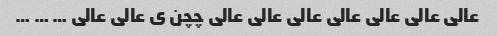
عالی عالی عالی عالی عالی عالی عالی چچن ی عالی عالی … … …